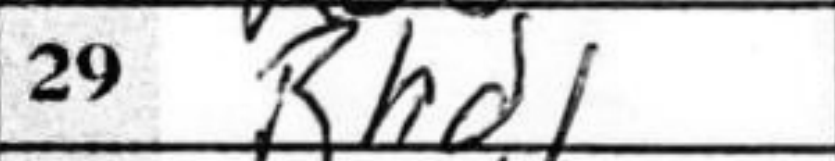
Transcription: Rhd1